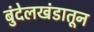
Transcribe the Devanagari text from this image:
बुंदेलखंडातून